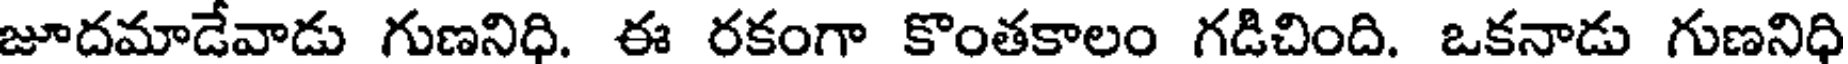
జూదమాడేవాడు గుణనిధి. ఈ రకంగా కొంతకాలం గడిచింది. ఒకనాడు గుణనిధి